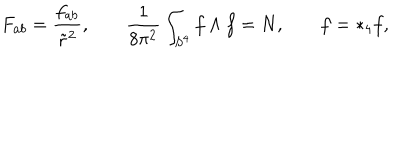
LaTeX: F _ { a b } = \frac { f _ { a b } } { \tilde { r } ^ { 2 } } , \ \ \; \; \frac { 1 } { 8 \pi ^ { 2 } } \int _ { S ^ { 4 } } f \wedge f = N , \ \ \; \; f = * _ { 4 } f ,